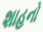
શાહનો